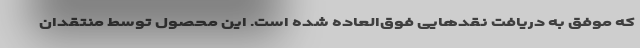
که موفق به دریافت نقدهایی فوق‌العاده شده است. این محصول توسط منتقدان